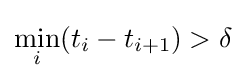
\min _{i}(t_{i}-t_{i+1})>\delta